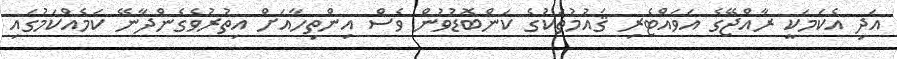
އަދި އެކަމަކީ ރާއްޖޭގެ އަވައްޓެރި ޤައުމުތަކުގެ ކަންބޮޑުވުން ވެސް އިންތިހާއަށް އިތުރުވެގެންދާނޭ ކަމެއްކަމުގައި